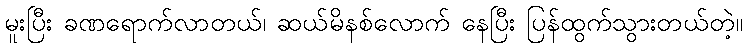
မူးပြီး ခဏရောက်လာတယ်၊ ဆယ်မိနစ်လောက် နေပြီး ပြန်ထွက်သွားတယ်တဲ့။